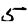
Digit: 5